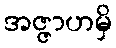
အဇ္ဇာဟမှိ